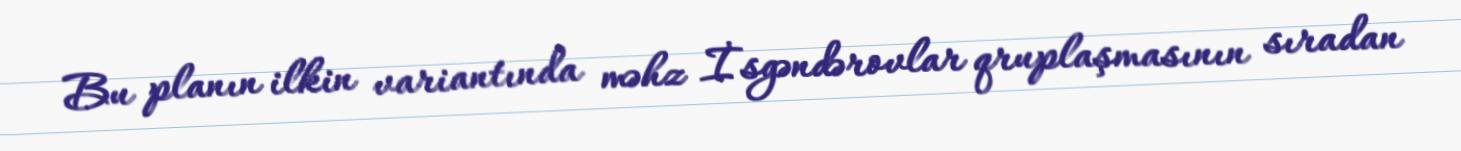
Bu planın ilkin variantında məhz İsgəndərovlar qruplaşmasının sıradan